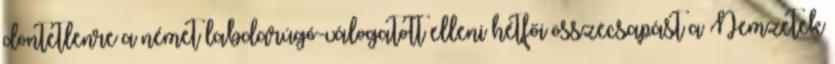
döntetlenre a német labdarúgó-válogatott elleni hétfői összecsapást a Nemzetek